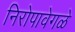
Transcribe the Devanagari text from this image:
निरोपावेगळे